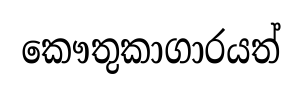
කෞතුකාගාරයත්